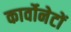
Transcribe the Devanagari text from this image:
कार्वोनेटों